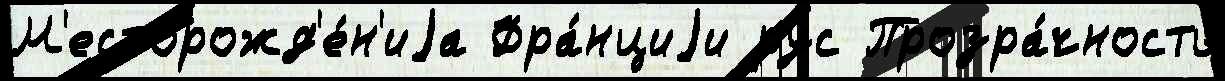
М'есторожд'е́н'иjа Фра́нциjи рус Прозра́чность